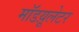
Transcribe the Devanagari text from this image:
मॉडय़ूलेटर